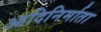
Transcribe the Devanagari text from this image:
आदिनिर्माता